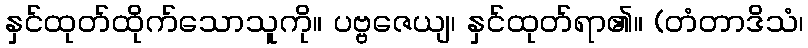
နှင်ထုတ်ထိုက်သောသူကို။ ပဗ္ဗဇေယျ၊ နှင်ထုတ်ရာ၏။ (တံတာဒိသံ၊